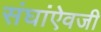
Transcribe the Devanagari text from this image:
संघांऐवजी